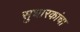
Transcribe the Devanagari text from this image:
सुधारकांचा